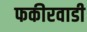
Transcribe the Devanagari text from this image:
फकीरवाडी